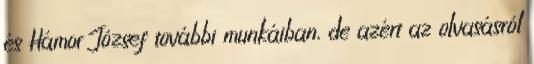
és Hámor József további munkáiban, de azért az olvasásról